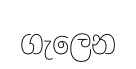
ගැලෙන